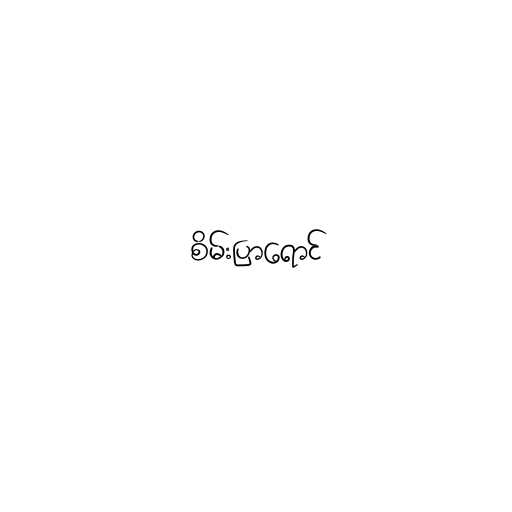
စိမ်းပြာရောင်